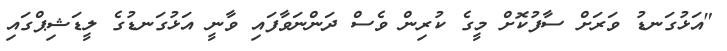
"އަޅުގަނޑު ވަރަށް ސާފުކޮށް މީގެ ކުރިން ވެސް ދަންނަވާފައި ވާނީ އަޅުގަނޑުގެ ލީޑަޝިޕްގައި